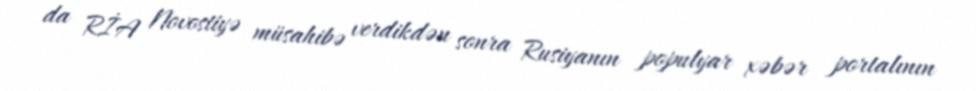
da RİA Novostiyə müsahibə verdikdən sonra Rusiyanın populyar xəbər portalının